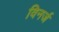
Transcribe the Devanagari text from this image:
विनर्ज